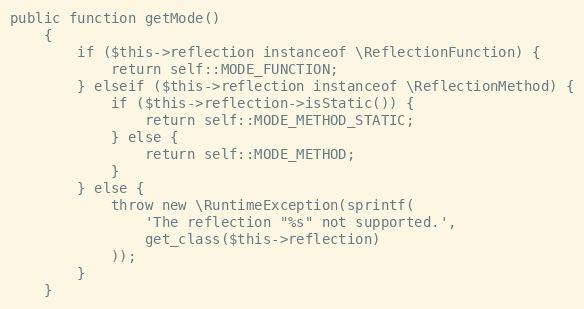
Language: PHP
public function getMode()
    {
        if ($this->reflection instanceof \ReflectionFunction) {
            return self::MODE_FUNCTION;
        } elseif ($this->reflection instanceof \ReflectionMethod) {
            if ($this->reflection->isStatic()) {
                return self::MODE_METHOD_STATIC;
            } else {
                return self::MODE_METHOD;
            }
        } else {
            throw new \RuntimeException(sprintf(
                'The reflection "%s" not supported.',
                get_class($this->reflection)
            ));
        }
    }